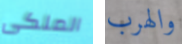
الملكى والهرب